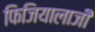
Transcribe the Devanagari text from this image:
फिजियालाजी